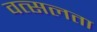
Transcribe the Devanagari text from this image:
वत्सलता